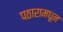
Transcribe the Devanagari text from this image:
पठारामधून